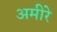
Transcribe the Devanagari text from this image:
अमीरे